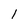
Character: 1